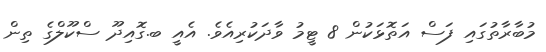
މުބާރާތުގައި ފަސް އަތޮޅަކުން 8 ޓީމު ވާދަކުރިއެވެ. އެއީ ބ.ގޮއިދޫ ސްކޫލްގެ ތިން